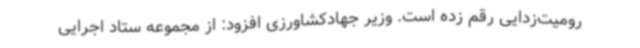
رومیت‌زدایی رقم زده است. وزیر جهادکشاورزی افزود: از مجموعه ستاد اجرایی